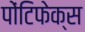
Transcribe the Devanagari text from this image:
पोंटिफेक्स